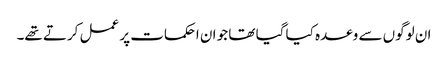
ان لوگوں سے وعدہ کیا گیا تھا جو ان احکمات پر عمل کرتے تھے۔